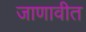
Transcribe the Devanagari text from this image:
जाणावीत